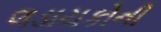
લડાયકોની